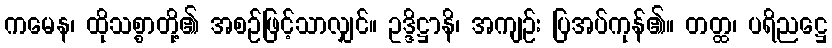
ကမေန၊ ထိုသစ္စာတို့၏ အစဉ်ဖြင့်သာလျှင်။ ဥဒ္ဒိဋ္ဌာနိ၊ အကျဉ်း ပြအပ်ကုန်၏။ တတ္ထ၊ ပရိညဋ္ဌေ